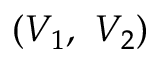
\left( V _ { 1 } , \ V _ { 2 } \right)